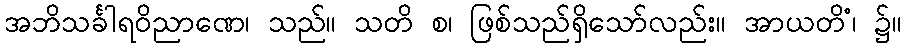
အဘိသင်္ခါရဝိညာဏေ၊ သည်။ သတိ စ၊ ဖြစ်သည်ရှိသော်လည်း။ အာယတိံ၊ ၌။